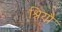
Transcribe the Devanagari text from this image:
श्रियौ